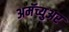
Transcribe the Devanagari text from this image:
अमॅच्युअर